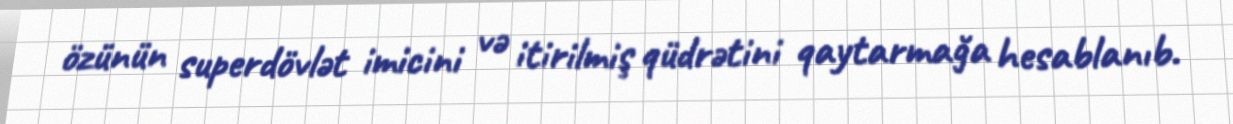
özünün superdövlət imicini və itirilmiş qüdrətini qaytarmağa hesablanıb.